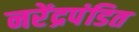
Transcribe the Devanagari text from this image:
नरेंद्रपंडित